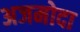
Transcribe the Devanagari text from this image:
अजमोदा